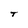
Character: T